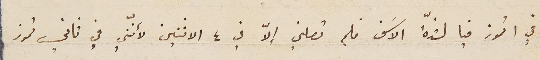
في ١ تموز فيا لشدّة الاسَف فلم تصلني الاّ في ٤ الاثنين لأننّي في ثاني تموز